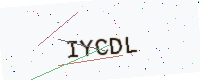
Text: IYCDL